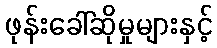
ဖုန်းခေါ်ဆိုမှုများနှင့်